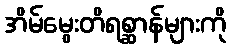
အိမ်မွေးတိရစ္ဆာန်များကို